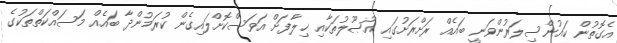
އެގޮތުން ކައުންސިލަރުންވަނީ ބައެއް ރަށްރަށުގައި އުޞޫލުތަކާއި ޚިލާފަށް އަވަސްކޮށްލައިގެން ކުރަމުންދާ ބައެއް މަސައްކަތްތަކުގެ